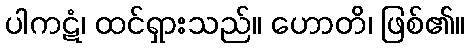
ပါကဋံ၊ ထင်ရှားသည်။ ဟောတိ၊ ဖြစ်၏။